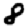
Digit: 8